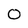
Character: O